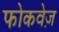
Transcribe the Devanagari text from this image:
फोकवेज़